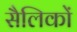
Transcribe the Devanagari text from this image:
सैलिकों